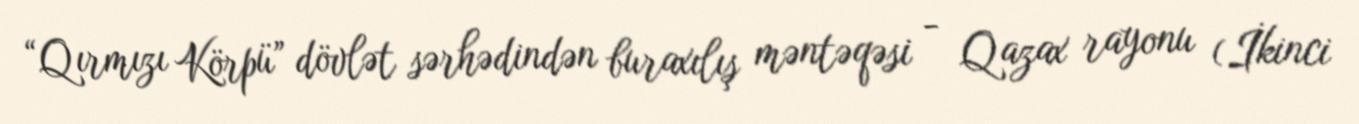
“Qırmızı Körpü” dövlət sərhədindən buraxılış məntəqəsi - Qazax rayonu (İkinci